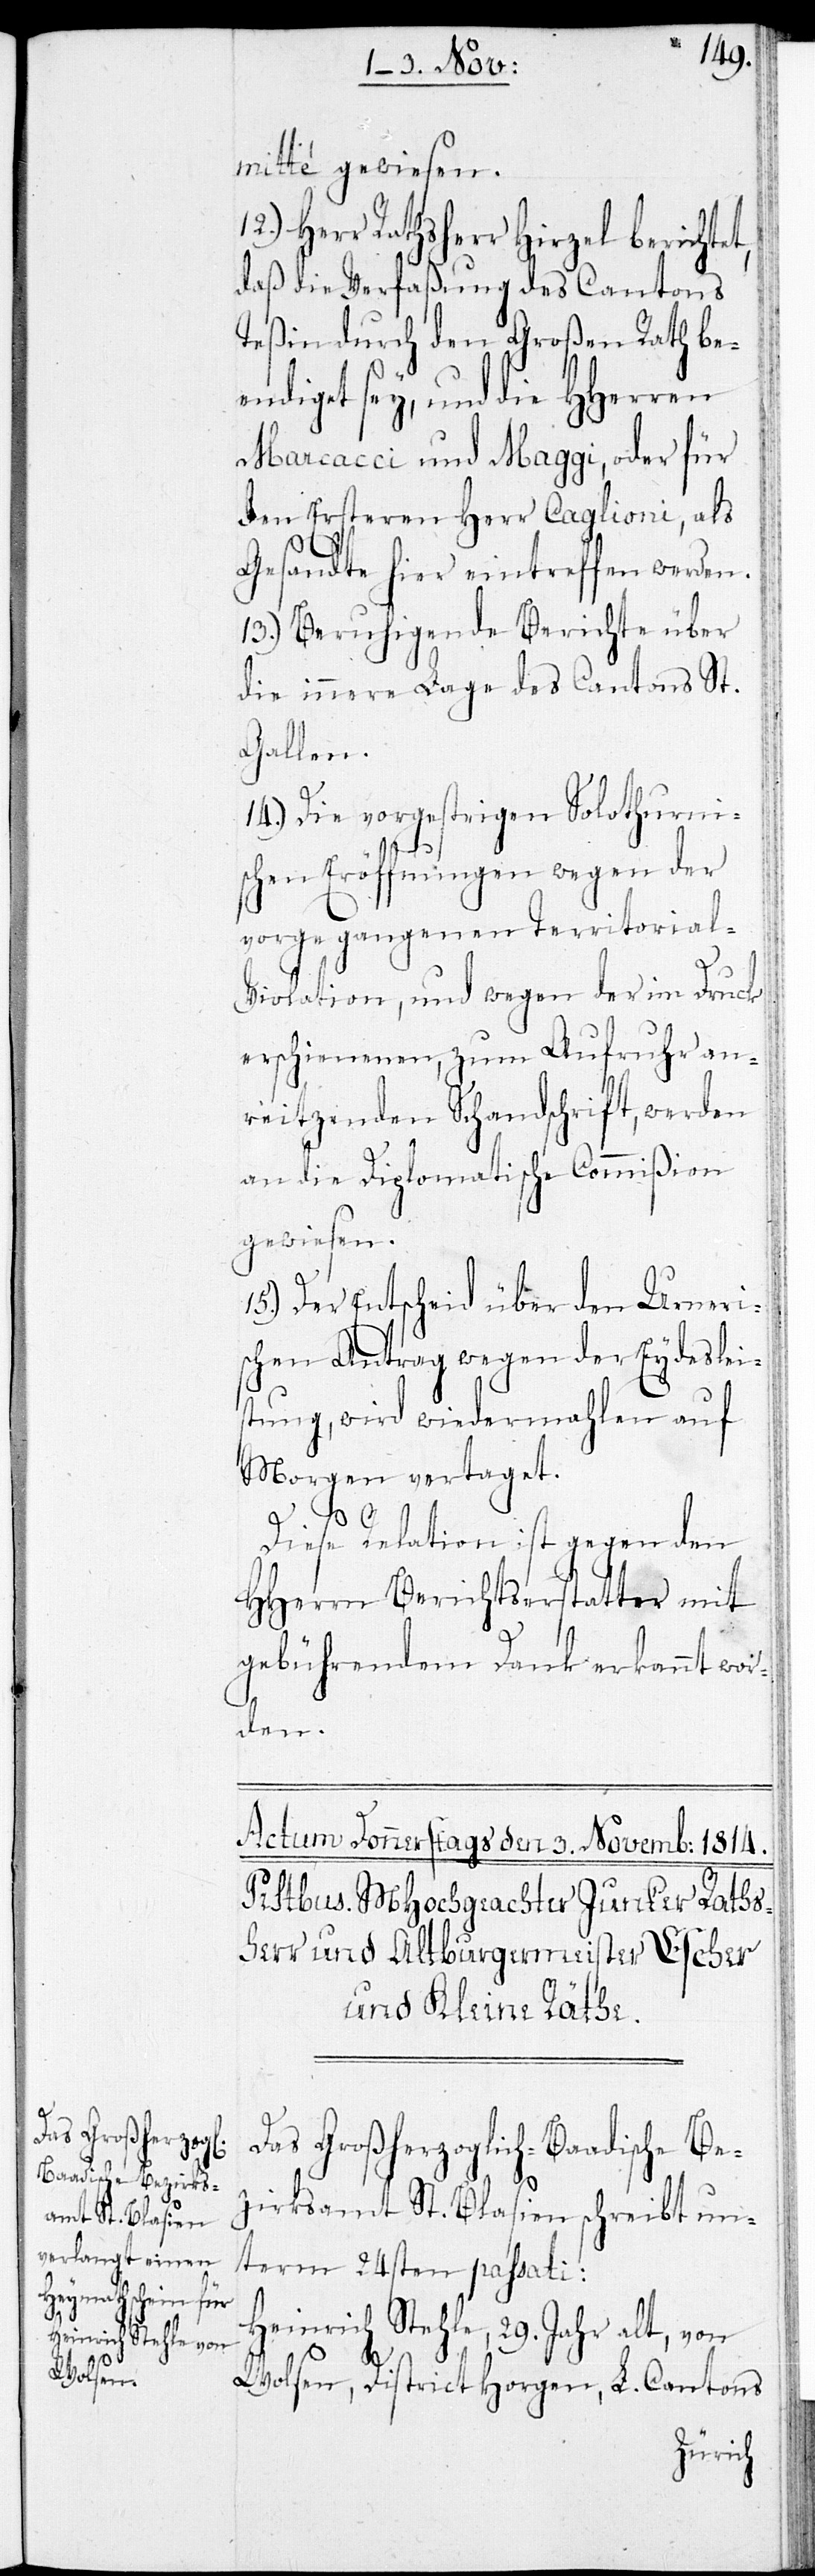
mitté gewiesen.
Herr Rathsherr Hirzel berichtet,
daß die Verfaßung des Cantons
Teßin durch den Großen Rath be¬
endiget sey, und die HHerren
Marcacci und Maggi, oder für
den Ersteren Herr Caglioni, als
Gesandte hier eintreffen werden.
13.) Beruhigende Berichte über
die innere Lage des Cantons St.
Gallen.
14.) Die vorgestrigen Solothurni¬
schen Eröffnungen wegen der
vorgegangenen Territorial-V¬
iolation, und wegen der in Druck
erschienenen, zum Aufruhr an¬
reitzenden Schandschrift, werden
an die Diplomatische Commißion
gewiesen.
Der Entscheid über den Urneri¬
schen Antrag wegen der Eydeslei¬
stung, wird wiedermahlen auf
Morgen vertaget.
15.)
Diese Relation ist gegen den
HHerrn Berichtserstatter mit
gebührendem Dank erkannt wor¬
den.
Das Großherzoglich-Baadische Be¬
zirksamt St. Blasien schreibt un¬
term 24sten passati:
Heinrich Stehle, 29 Jahr alt, von
Wolfen, District Horgen, L. Cantons